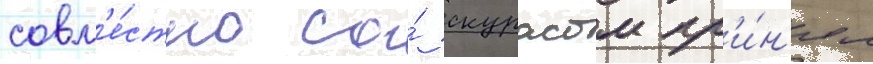
совм'е́стно со́ скурасом пр'и́н'ял